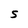
Character: S